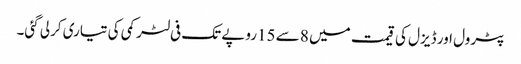
پٹرول اور ڈیزل کی قیمت میں 8 سے 15روپے تک فی لٹر کمی کی تیاری کرلی گئی۔